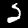
Label: 2